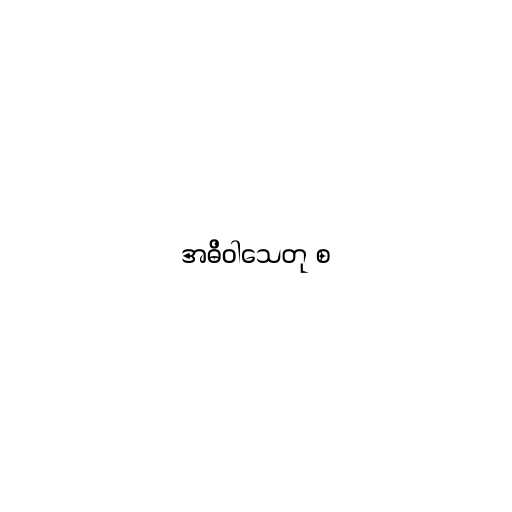
အဓိဝါသေတု စ